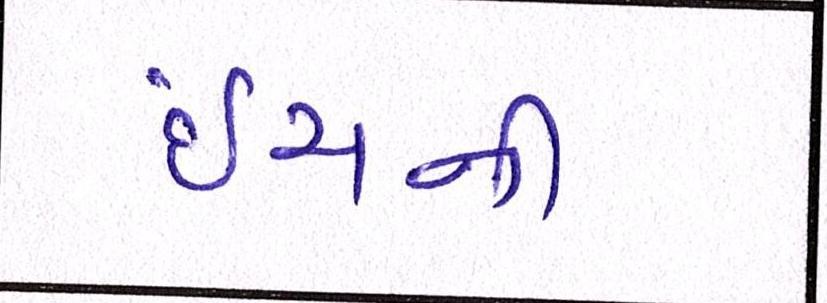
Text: ઇંચની